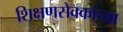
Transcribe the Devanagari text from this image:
शिक्षणसेवकांच्या